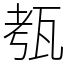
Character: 㼥